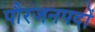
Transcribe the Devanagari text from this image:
पौरजनपदों